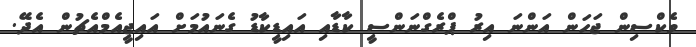
ވެކްސިން ޖަހަން އަންނަ އިރު ޕްރެގްނަންސީ ކާޑާއި އައިޑީކާޑު ގެނައުމަށް އައިޖީއެމްއެޗުން އެދޭ.